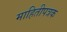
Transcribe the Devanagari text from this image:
माहितीपत्रक